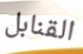
القنابل